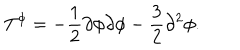
LaTeX: T ^ { \phi } = - \frac { 1 } { 2 } \partial \phi \partial \phi - \frac { 3 } { 2 } \partial ^ { 2 } \phi .